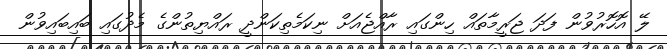
ލޭ އޮހޮރުވުން ފަދަ ޖަރީމާތައް ހިންގައި ރާއްޖެއަށް ނިކަމެތިކަންދީ ރައްޔިތުންގެ މެދުގައި ބައިބައިވުން